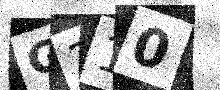
Text: G210